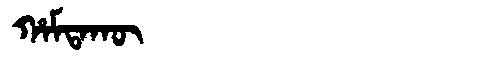
Manchu: ᡥᠠᠮᡨᠠᡴᡡ
Romanization: HAMTAKŪ